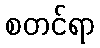
စတင်ရာ